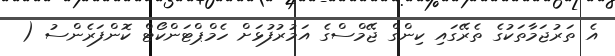
އެ ތަރުޖަމާތަކުގެ ތެރޭގައި ކިންގް ޖޭމްސްގެ އަމުރުފުޅަށް ހެމްޕްޓަންކޯޓް ކޮންފަރެންސު (